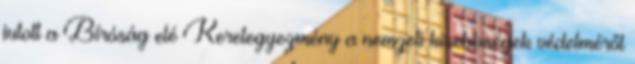
jutott a Bíróság elé Keretegyezmény a nemzeti kisebbségek védelméről